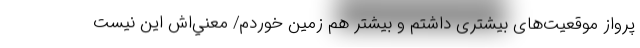
پرواز موقعيت‌های بيشتری داشتم و بيشتر هم زمين خوردم/ معني‌اش اين نيست